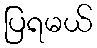
ပြရမယ်